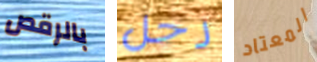
بالرقص رحل المعتاد